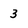
Character: 3